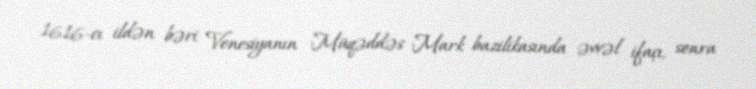
1616-cı ildən bəri Venesiyanın Müqəddəs Mark bazilikasında əvvəl ifaçı, sonra